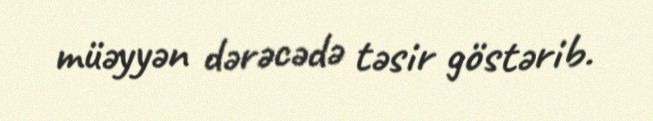
müəyyən dərəcədə təsir göstərib.